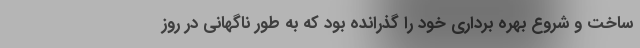
ساخت و شروع بهره برداری خود را گذرانده بود که به طور ناگهانی در روز